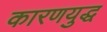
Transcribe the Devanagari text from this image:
कारणयुद्ध